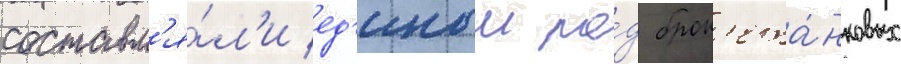
составл'я́л'и ед'иныи ро́д брон'ета́нковых